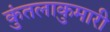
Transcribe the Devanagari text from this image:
कुंतलाकुमारी